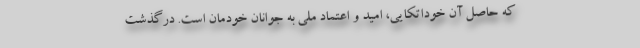
که حاصل آن خوداتکایی، امید و اعتماد ملی به جوانان خودمان است. درگذشت